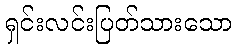
ရှင်းလင်းပြတ်သားသော